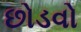
છોડવો